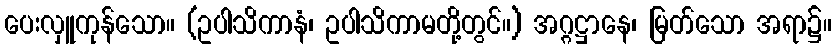
ပေးလှူကုန်သော။ (ဥပါသိကာနံ၊ ဥပါသိကာမတို့တွင်။) အဂ္ဂဋ္ဌာနေ၊ မြတ်သော အရာ၌။